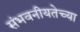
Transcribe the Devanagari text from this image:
संभवनीयतेच्या